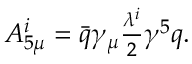
\begin{array} { r } { A _ { 5 \mu } ^ { i } = \bar { q } \gamma _ { \mu } \frac { \lambda ^ { i } } { 2 } \gamma ^ { 5 } q . } \end{array}